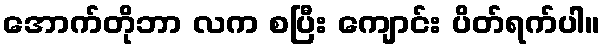
အောက်တိုဘာ လက စပြီး ကျောင်း ပိတ်ရက်ပါ။